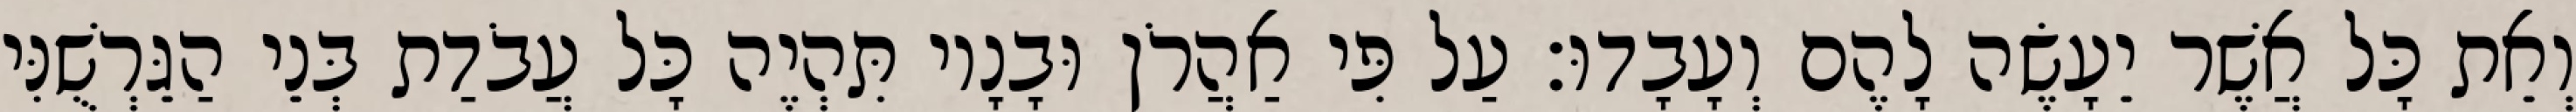
וְאֵת כָּל אֲשֶׁר יֵעָשֶׂה לָהֶם וְעָבָדוּ׃ עַל פִּי אַהֲרֹן וּבָנָיו תִּהְיֶה כָּל עֲבֹדַת בְּנֵי הַגֵּרְשֻׁנִּי